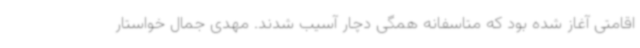
اقامتی آغاز شده بود که متاسفانه همگی دچار آسیب شدند. مهدی جمال خواستار